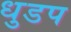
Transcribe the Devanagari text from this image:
धुडप